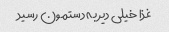
غذا خیلی دیر به دستمون رسید